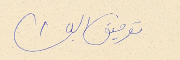
توفيق الباشا